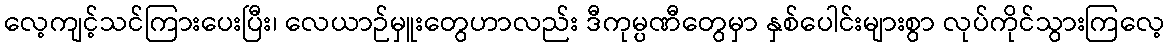
လေ့ကျင့်သင်ကြားပေးပြီး၊ လေယာဉ်မှူးတွေဟာလည်း ဒီကုမ္ပဏီတွေမှာ နှစ်ပေါင်းများစွာ လုပ်ကိုင်သွားကြလေ့